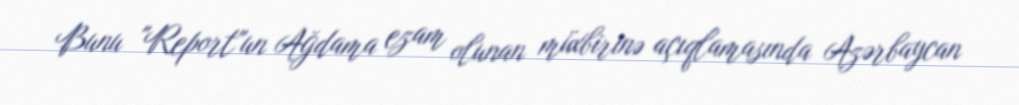
Bunu "Report"un Ağdama ezam olunan müxbirinə açıqlamasında Azərbaycan